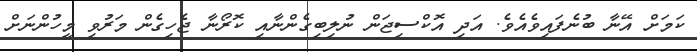
ކަމަށް އޭނާ ބުނެފައިވެއެވެ. އަދި އޮކްސިޖަން ނުލިބިގެންނާއި ކޮރޯނާ ޖެހިގެން މަރުވި މީހުންނަށް